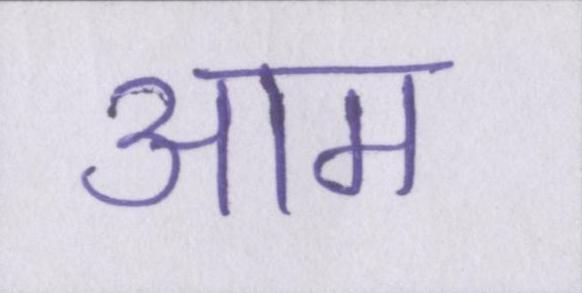
आम